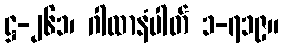
ဋ္ဌ-၂၆၁၊ ဂါထာနံပါတ် ၁-၇၁၉။